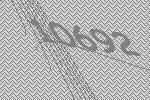
10692